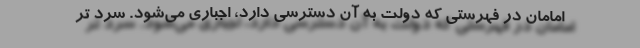
امامان در فهرستی که دولت به آن دسترسی دارد، اجباری می‌شود. سرد تر